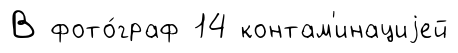
В фото́граф 14 контам'инациjей